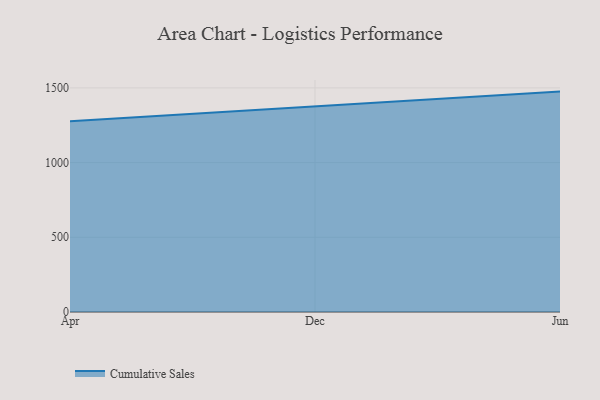
{"axis": {"x": "Month", "y": "Bounce Rate (%)"}, "legend": ["Cumulative Sales"], "data": [{"x": "Apr", "y": 1277.2, "type": "Cumulative Sales"}, {"x": "Dec", "y": 1377.0, "type": "Cumulative Sales"}, {"x": "Jun", "y": 1475.1, "type": "Cumulative Sales"}]}